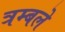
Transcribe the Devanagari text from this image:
त्रम्बले